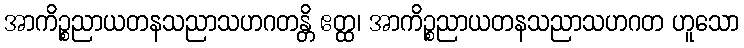
အာကိဉ္စညာယတနသညာသဟဂတန္တိ ဧတ္ထ၊ အာကိဉ္စညာယတနသညာသဟဂတ ဟူသော